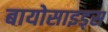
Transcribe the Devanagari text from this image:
बायोसाइड्स